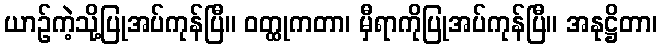
ယာဉ်ကဲ့သို့ပြုအပ်ကုန်ပြီ။ ဝတ္ထုကတာ၊ မှီရာကိုပြုအပ်ကုန်ပြီ။ အနုဋ္ဌိတာ၊